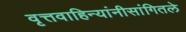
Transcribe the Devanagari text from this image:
वृत्तवाहिन्यांनीसांगितले